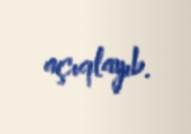
açıqlayıb.